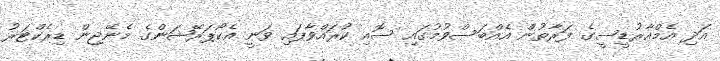
އަދި އެމްއާރުޑީސީގެ ފަރާތުން އެއްބަސްވުމުގައި ސޮއި ކުރައްވާފައި ވަނީ އެކޯޕަރޭޝަންގެ މެނޭޖިން ޑިރެކްޓަރު